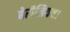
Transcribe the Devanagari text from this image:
बेरीलियम।